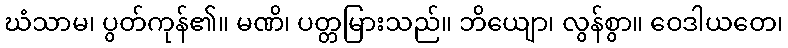
ဃံသာမ၊ ပွတ်ကုန်၏။ မဏိ၊ ပတ္တမြားသည်။ ဘိယျော၊ လွန်စွာ။ ဝေဒါယတေ၊